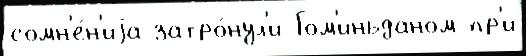
сомн'е́н'иjа затро́нул'и Гом'иньданом пр'и